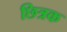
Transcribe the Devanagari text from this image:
छित्रक